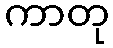
ကာတု